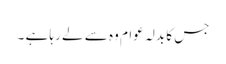
جس کا بدلہ عوام وہ سے لے رہا ہے ۔